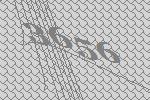
3656